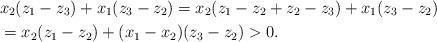
LaTeX: \begin{align*}&x_2(z_1-z_3)+x_1(z_3-z_2)=x_2(z_1-z_2+z_2-z_3)+x_1(z_3-z_2)\\&=x_2(z_1 -z_2)+(x_1 -x_2)(z_3 -z_2)>0.\end{align*}